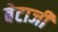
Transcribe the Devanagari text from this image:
बेटाजी